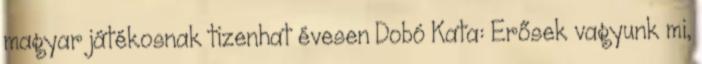
magyar játékosnak tizenhat évesen Dobó Kata: Erősek vagyunk mi,